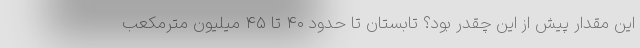
این مقدار پیش از این چقدر بود؟ تابستان تا حدود ۴۰ تا ۴۵ میلیون مترمکعب